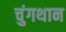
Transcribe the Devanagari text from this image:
चुंगथान